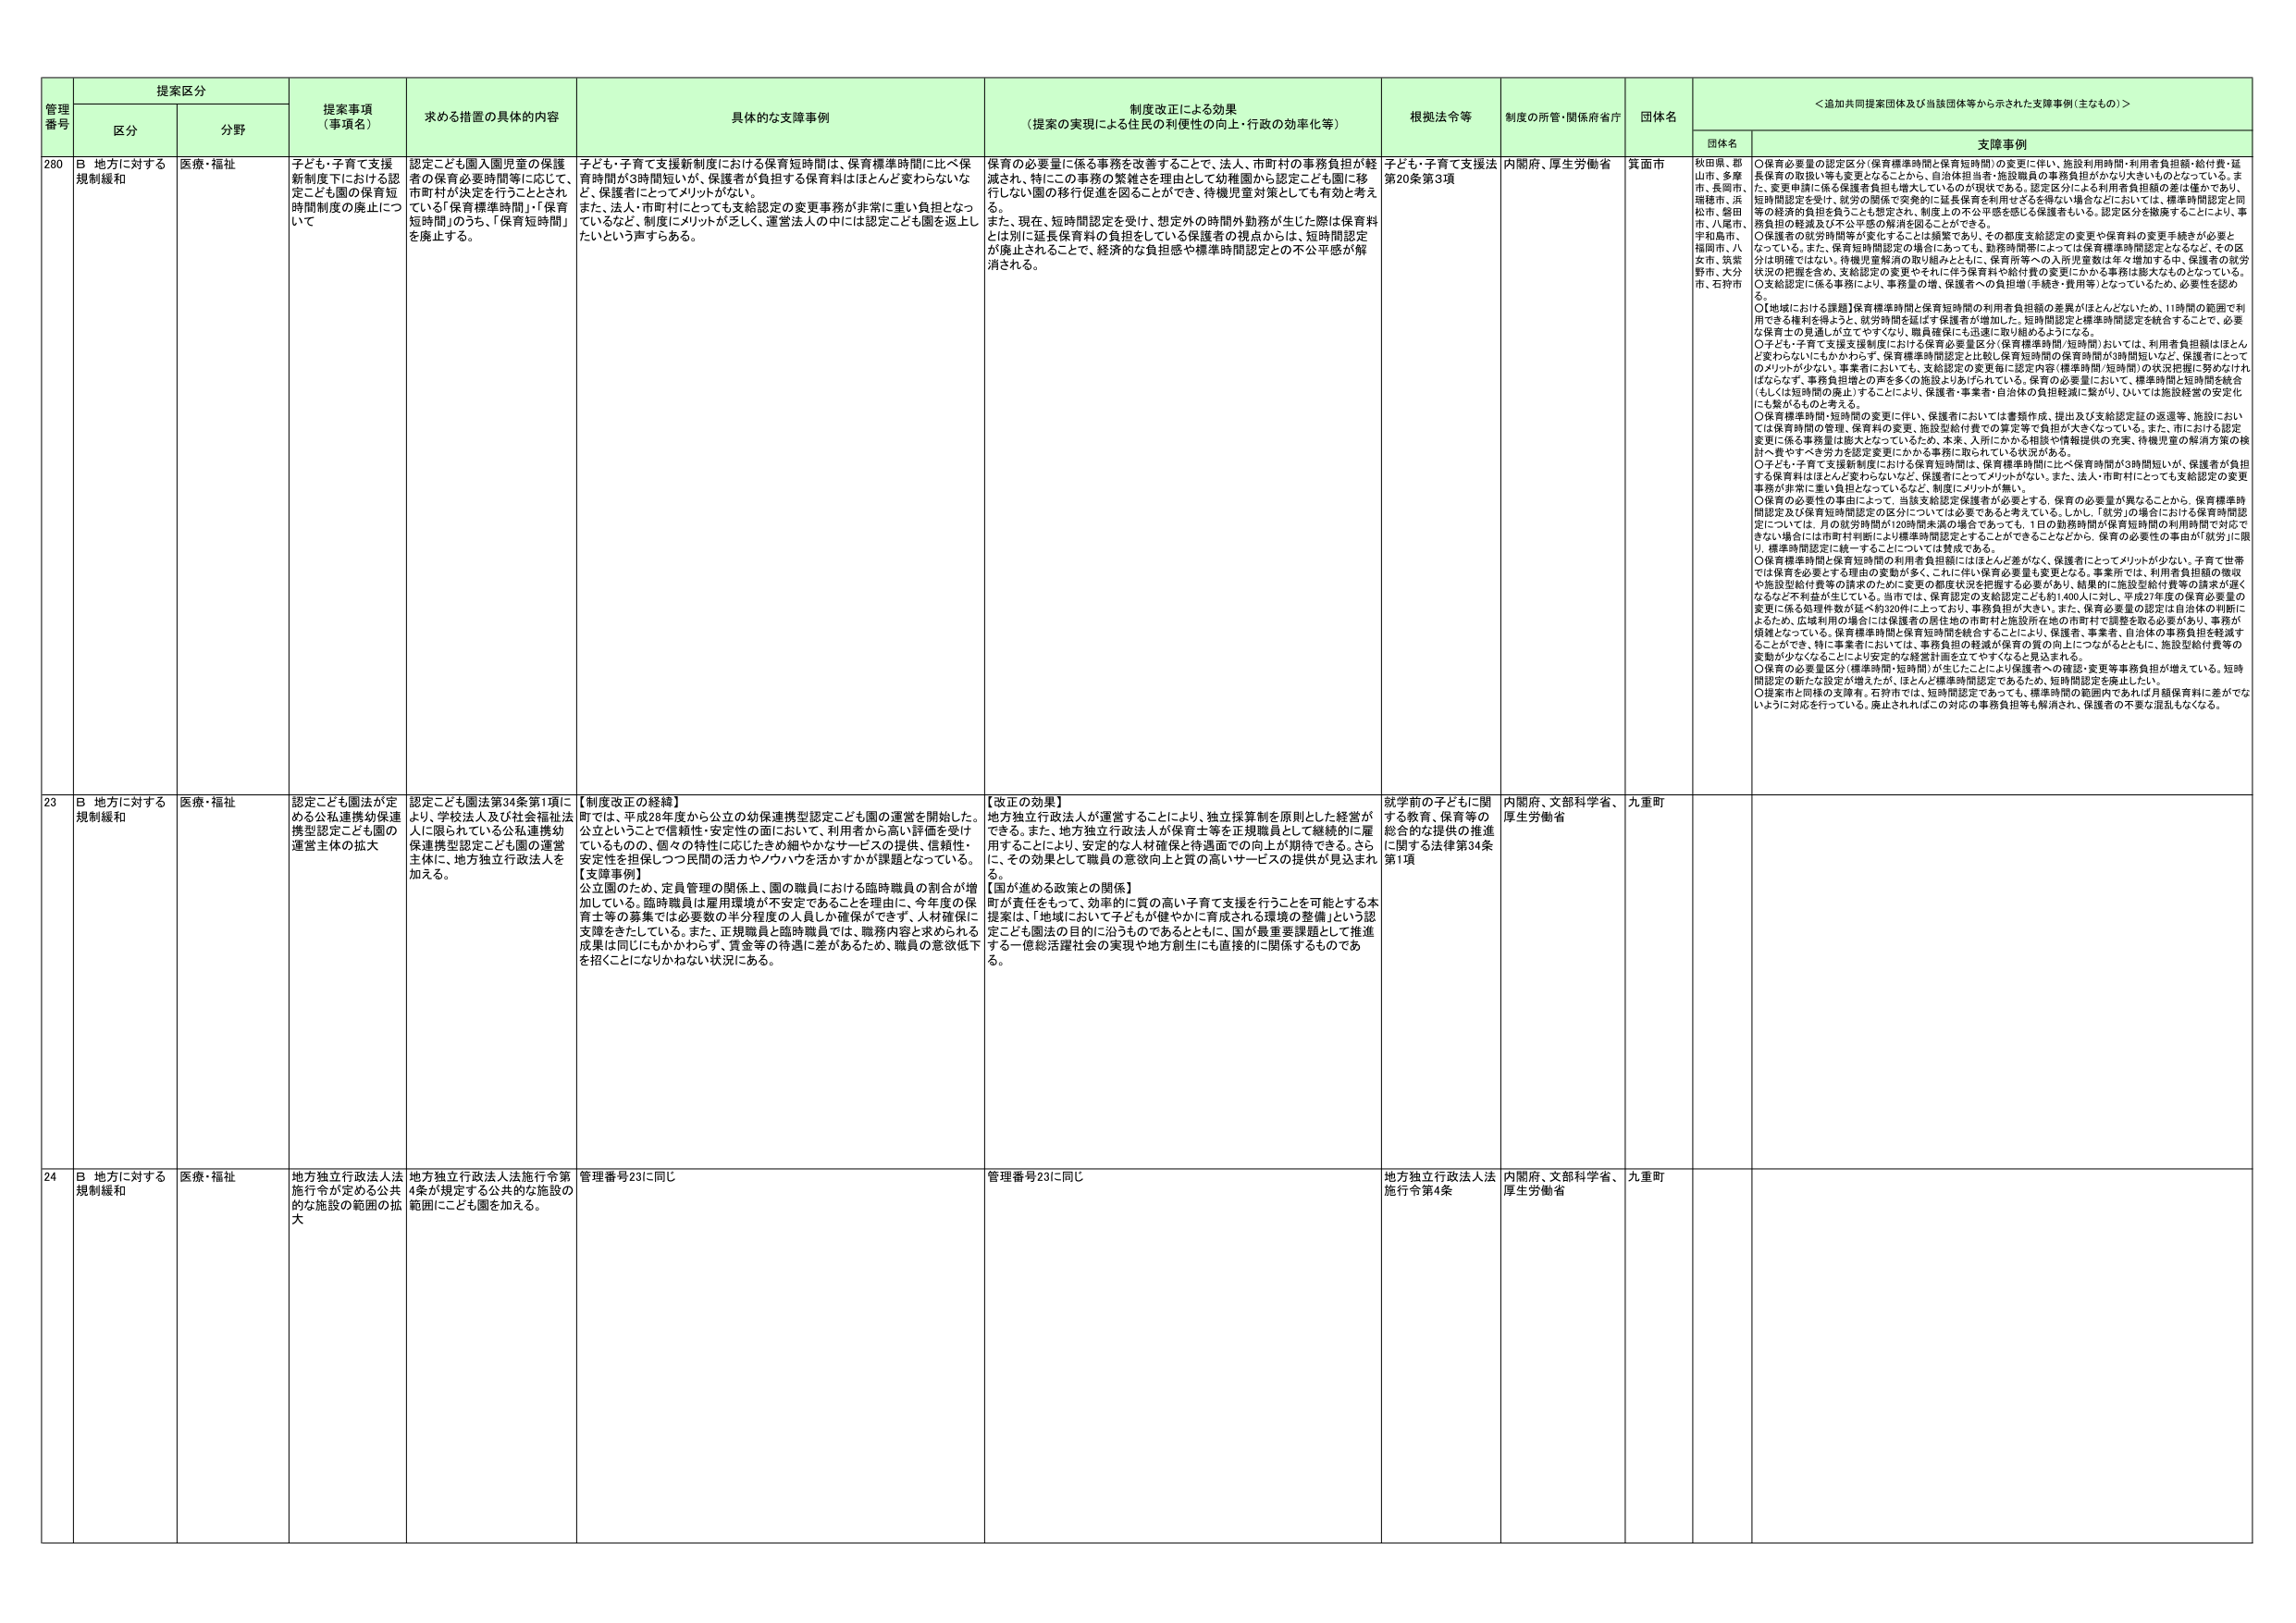
管理番号 提案区分 提案事項（事項名） 求める措置の具体的内容 具体的な支援事例 制度改正による効果（提案の実現による住民の利便性の向上・行政の効率化等） 根拠法令等 制度の所管・関係府省庁 団体名 ＜追加共同提案団体及び当該団体等から示された支援事例（主なもの）＞
区分 分野 団体名 支援事例
280 B 地方に対する規制緩和 医療・福祉 子ども・子育て支援新制度下における認定こども園の保育短時間制度の廃止について 認定こども園入園児童の保護者の保育必要時間等に応じて、市町村が決定を行うこととされている「保育標準時間」・「保育短時間」のうち、「保育短時間」を廃止する。 子ども・子育て支援新制度における保育短時間は、保育標準時間に比べ保育時間が3時間短いが、保護者が負担する保育料はほとんど変わらないなど、保護者にとってメリットがない。また、法人・市町村にとっても支給認定の変更事務が非常に重い負担となっているなど、制度にメリットが乏しく、運営法人の中には認定こども園を返上したいという声すらある。 保育の必要量に係る事務を改善することで、法人、市町村の事務負担が軽減され、特にこの事務の繁雑さを理由として幼稚園から認定こども園に移行しない園の移行促進を図ることができ、待機児童対策としても有効と考える。また、現在、短時間認定を受け、想定外の時間が勤務が生じた際は保育料とは別に延長保育料の負担をしている保護者の視点からは、短時間認定が廃止されることで、経済的な負担感や標準時間認定との不公平感が解消される。 子ども・子育て支援法第20条第3項 内閣府、厚生労働省 箕面市 秋田県、郡山市、多摩市、長岡市、瑞穂市、浜松市、磐田市、八尾市、宇和島市、福岡市、八女市、筑紫野市、大分市、石狩市 ○保育必要量の認定区分（保育標準時間と保育短時間）の変更に伴い、施設利用時間・利用者負担額・給付費・延長保育の取扱い等も変更となることから、自治体担当者・施設職員の事務負担がかなり大きいものとなっている。また、変更申請に係る保護者負担も増大しているのが現状である。認定区分による利用者負担額の差は僅かであり、短時間認定を受け、就労の関係で突発的に延長保育を利用せざるを得ない場合などにおいては、標準時間認定と同等の経済的負担を負うことも想定され、制度上の不公平感を感じる保護者もいる。認定区分を撤廃することにより、事務負担の軽減及び不公平感の解消を図ることができる。○保護者の就労時間等が変化することとは頻繁であっても、勤務時間等によっては保育標準時間認定となるなど、その区分が明確ではない。待機児童解消の取り組みとともに、保育所等への入所児童数は年々増加する中、保護者の就労状況の把握を含め、支給認定の変更やそれに伴う保育料や給付費の変更にかかる事務は膨大なものとなっている。○支給認定に係る事務により、事務量の増、保護者への負担増（手続き・費用等）となっているため、必要性を認めない。○【地域における課題】保育標準時間と保育短時間の利用者負担額の差異がほとんどないため、11時間の範囲で利用できる権利を得ようとして、就労時間が延ばす保護者が増加した。短時間認定と標準時間認定を統合することで、必要な保育士の見通しが立てやすくなり、職員確保にも迅速に取り組めるようになる。○子ども・子育て支援支援制度における保育必要量区分（保育標準時間/短時間）おいては、利用者負担額はほとんど変わらないにもかかわらず、保育標準時間認定と比較し保育短時間の保育時間が3時間短いなど、保護者にとってのメリットが少ない。事業者に於いても、支給認定の変更毎に認定内容（標準時間/短時間）の状況把握に努めなければならず、事務負担増との声を多くの方に聴く。また、保育の必要量において、標準時間と短時間を統合（もしくは短時間の廃止）することにより、保護者・事業者・自治体の負担軽減に繋がり、ひいては施設経営の安定化にも繋がるものと考える。○保育標準時間・短時間の変更に伴い、保護者においては書類作成、提出及び支給認定証の返還等、施設においては保育時間の管理、保育料の変更、施設支給付費での算定等で負担が大きくなっている。また、市における認定変更に係る事務量は膨大となっているため、本来、入所にかかる相談や情報提供の充実、待機児童の解消方策の検討へ費やすべき労力を認定変更にかかる事務に取られている状況がある。○子ども・子育て支援新制度における保育短時間は、保育標準時間に比べ保育時間が3時間短いが、保護者が負担する保育料はほとんど変わらないなど、保護者にとってメリットがない。また、法人・市町村にとっても支給認定の変更事務が非常に重い負担となっているなど、制度にメリットが無い。○保育の必要性の事由によって、当該支給認定保護者が必要とする、保育の必要量が異なることから、保育標準時間認定及び保育短時間認定の区分については必要であると考えている。しかし、「就労」の場合における保育時間認定については、月の就労時間が120時間未満の場合であっても、1日の勤務時間が保育短時間の利用時間で対応できない場合には市町村判断により標準時間認定とすることができるなどから、保育の必要性の事由が「就労」に限り、標準時間認定に統一することについては賛成である。○保育標準時間と保育短時間の利用者負担額にはほとんど差がなく、保護者にとってメリットが少ない。子育て世帯では保育を必要とする理由での変動が多く、これに伴い保育必要量も変更となる。事業所では、利用者負担額の徴収や施設型給付費等の請求のために変更の都度状況を把握する必要があり、結果的に施設型給付費等の請求が遅くなるなど不利益が生じている。当市では、保育認定の支給認定こども約1,400人に対し、平成27年度の保育必要量の変更に係る処理件数が延べ約320件に上っており、事務負担が大きい。また、保育必要量の認定は自治体の判断によるため、広域利用の場合には保護者の居住地の市町村と施設所在地の市町村で調整を取る必要があり、事務が煩雑となっている。保育標準時間と保育短時間を統合することにより、保護者、事業者、自治体の事務負担を軽減することができ、特に事業者においては、事務負担の軽減が保育の質の向上につながるとともに、施設型給付費等の変動が少なくなることにより安定的な経営計画を立てやすくなると見込まれる。○保育の必要量区分（標準時間・短時間）が生じたことにより保護者への確認・変更等事務負担が増えている。短時間認定の新たな設定が増えたが、ほとんど標準時間認定であるため、短時間認定を廃止したい。○提案市と同様の支援有。石狩市では、短時間認定であっても、標準時間の範囲内であれば月額保育料に差がでないように対応を行っている。廃止されればこの対応の事務負担等も解消され、保護者の不要な混乱もなくなる。
23 B 地方に対する規制緩和 医療・福祉 認定こども園法が定める公私連携幼保連携型認定こども園の運営主体の拡大 認定こども園法第34条第1項により、学校法人及び社会福祉法人に限られている公私連携幼保連携型認定こども園の運営主体に、地方独立行政法人を加える。 【制度改正の経緯】町では、平成28年度から公立の幼保連携型認定こども園の運営を開始した。公立ということで信頼性・安定性の面において、利用者から高い評価を受けているものの、個々の特性に応じたきめ細やかなサービスの提供、信頼性・安定性を担保しつつ民間の活力やノウハウを活かすかが課題となっている。【支援事例】公立園のため、定員管理の関係上、園の職員における臨時職員の割合が増加している。臨時職員は雇用環境が不安定であることを理由に、今年度の保育士等の募集では必要数の半分程度の人員しか確保ができず、人材確保に支障をきたしている。また、正規職員と臨時職員では、職務内容と求められる成果は同じにもかかわらず、賃金等の待遇に差があるため、職員の意欲低下を招くことになりかねない状況にある。 【改正の効果】地方独立行政法人が運営することにより、独立採算制を原則とした経営ができる。また、地方独立行政法人が保育士等を正規職員として継続的に雇用することにより、安定的な人材確保と待遇面での向上が期待できる。さらに、その効果として職員の意欲向上と質の高いサービスの提供が見込まれる。【国が進める政策との関係】町が責任をもって、効率的に質の高い子育て支援を行うことを可能とする本提案は、「地域において子どもが健やかに育成される環境の整備」という認定こども園法の目的に沿うものであるとともに、国が最重要課題として推進する一億総活躍社会の実現や地方創生にも直接的に関係するものである。 就学前の子どもに関する教育、保育等の総合的な法律の推進に関する法律第34条第1項 内閣府、文部科学省、厚生労働省 九重町
24 B 地方に対する規制緩和 医療・福祉 地方独立行政法人法施行令が定める公共的な施設の範囲の拡大 地方独立行政法人法施行令第4条が規定する公共的な施設の範囲にこども園を加える。 管理番号23に同じ 管理番号23に同じ 地方独立行政法人法施行令第4条 内閣府、文部科学省、厚生労働省 九重町